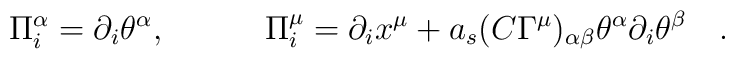
\Pi^\alpha_i = \partial_i{\theta^\alpha}, \quad \quad \quad\Pi^\mu_i = \partial_i{x^\mu} + a_s (C \Gamma^\mu)_{\alpha \beta} \theta^\alpha \partial_i{\theta^\beta}\quad.